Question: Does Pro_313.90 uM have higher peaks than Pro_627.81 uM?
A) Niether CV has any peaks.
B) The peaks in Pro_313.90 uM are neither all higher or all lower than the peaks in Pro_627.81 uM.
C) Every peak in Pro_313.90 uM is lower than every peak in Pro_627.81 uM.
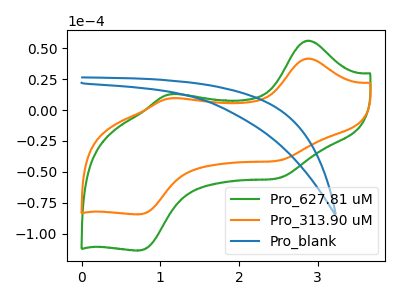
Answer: <think>The green curve "Pro_627.81 uM" has anodic peaks at (2.85V, 56.15uA) (1.10V, 12.75uA) and cathodic peaks at (2.50V, -55.15uA) (0.75V, -113.65uA). The orange curve "Pro_313.90 uM" has anodic peaks at (2.85V, 41.70uA) (1.10V, 9.45uA) and cathodic peaks at (2.50V, -40.95uA) (0.75V, -84.40uA). The blue curve "Pro_blank" has no peaks.</think>
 <answer>C) Every peak in "Pro_313.90 uM" is lower than every peak in "Pro_627.81 uM".</answer>
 <eval>C</eval>